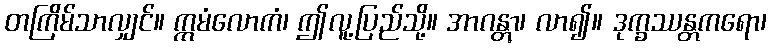
တကြိမ်သာလျှင်။ ဣမံလောကံ၊ ဤလူ့ပြည်သို့။ အာဂန္တွာ၊ လာ၍။ ဒုက္ခဿန္တကရော၊